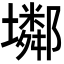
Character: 𡓏